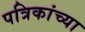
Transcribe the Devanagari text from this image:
पत्रिकांच्या